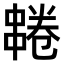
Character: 𫡌